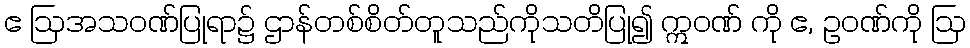
ဧ ဩအသဝဏ်ပြုရာ၌ ဌာန်တစ်စိတ်တူသည်ကိုသတိပြု၍ ဣဝဏ် ကို ဧ, ဥဝဏ်ကို ဩ